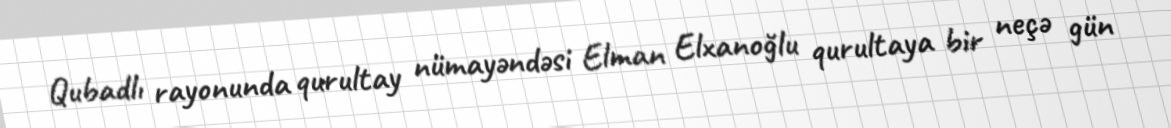
Qubadlı rayonunda qurultay nümayəndəsi Elman Elxanoğlu qurultaya bir neçə gün